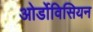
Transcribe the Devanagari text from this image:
ओर्डोविसियन